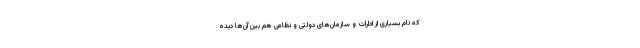
که نام بسیاری از ادارات و سازمان‌های دولتی و نظامی هم بین آن‌ها دیده